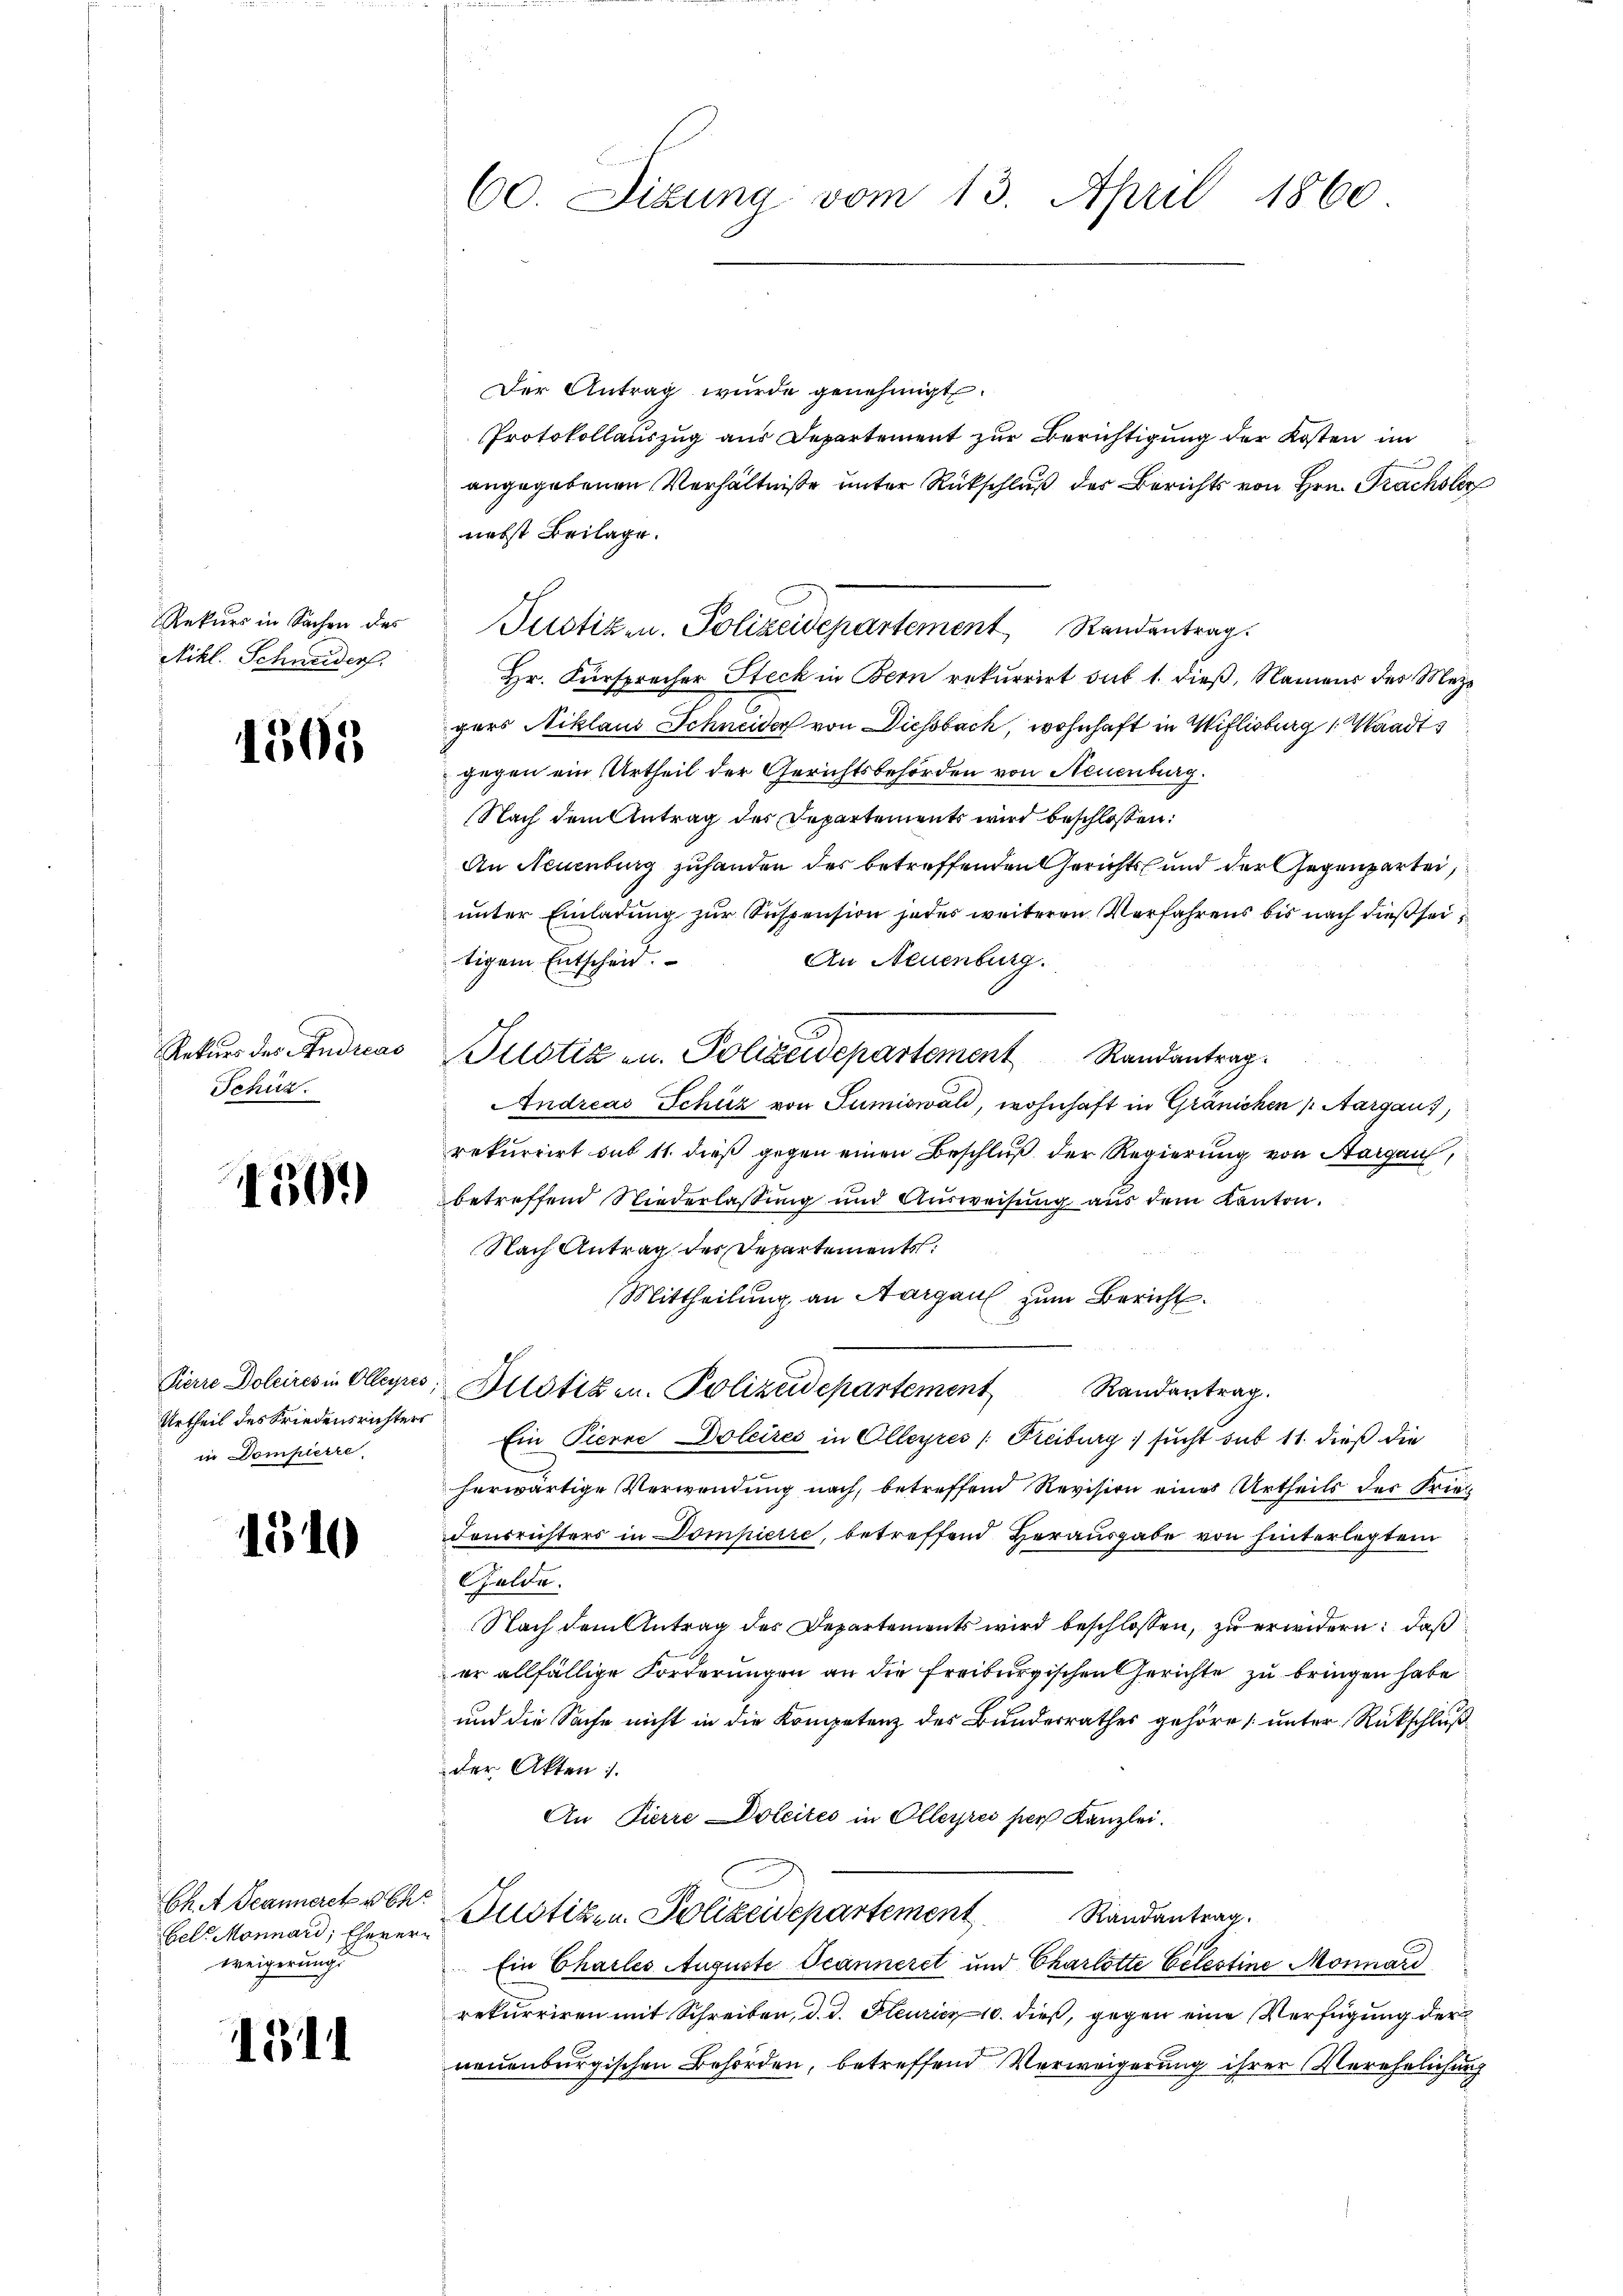
Rekurs in Sachen des
Nikl. Schneiders.

1505

Rekurs des Andreas
Schüz.

1509

Pierre Doleires in Olleyres
Urtheil des Friedensrichters
in Domplerre

1510

Ch. Scanneret u Ch
bels Monnard, Eherer¬
Weigerung

134

60. Sizung vom 13. April 1860

Der Antrag wurde genehmigt.
Protokollauszug aus Departement zur Berichtigung der Kosten im
angegebenen Verhältniße unter Rückschluß der Berichts von Hrn. Frachsler
nebst Beilage.
Hr. Fürsprecher Steck in Bern rekurrirt sub 1. dieß, Namens der Mezgers Niklaus Schneider von Diessbach, wohnhaft in Willisburg 1. Waadt
gegen ein Urtheil der Gerichtsbehörden von Neuenburg.
Nach dem Antrag der Departements wird beschlossen:
An Neuenburg zuhanden der betreffenden Gerichts und der Gegenpartei,
unter Einladung zur Suspension jedes weiteren Verfahrens bis nach dießseitigem Entschein.
An Neuenburg.
Pilotiz u. Polizeidepartement Randantrag.
Andreas Schüz von Sumiswald, wohnhaft in Gränichen ( Aargaus,
rekurrirt sub 11. dieß gegen einen Beschluß der Regierung von Aargau,
betreffend Niederlassung und Ausweisung aus dem Kanton.
Nach Antrag des Departements
Mittheilung an Aargau zum Bericht.
Justizen. Polizeidepartement Randantrag.
Ein Pierre Doleires in Olleyres (Freiburg sucht sub 11. dieß die
herwärtige Verwendung nach, betreffend Revision eines Urtheils der Frie¬
Fousrichters in Dompierte, betreffend Herausgabe von hinterlegtem
Gelde.
Nach dem Antrag der Departements wird beschlossen, zu erwidern: daß
er allfällige Forderungen an die Freiburgischen Gerichte zu bringen habe
und die Sache nicht in die Kompetenz des Bundesrathes gehöre, unter Rückschluß
der Akten.
An Pierre Doleites in Olleyres per Kanzlei.
Justiz- u. Polizeidepartement Randantrag.
Ein Charles Auguste Oeanneret und Charlotte Celestine Monnard
rekurriren mit Schreiben, d. d. Feuricz 10. dieß, gegen eine Verfügung der
neuenburgischen Behörden, betreffend Verweigerung ihrer Verehelichung

Pustizen. Polizeidepartement Randantrag.